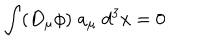
LaTeX: \int ( D _ { \mu } \phi ) \; a _ { \mu } \; d ^ { 3 } x = 0